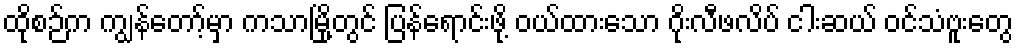
ထိုစဉ်က ကျွန်တော့်မှာ ကသာမြို့တွင် ပြန်ရောင်းဖို့ ဝယ်ထားသော ဂိုးလီဖလိပ် ငါးဆယ် ဝင်သံဗူးတွေ